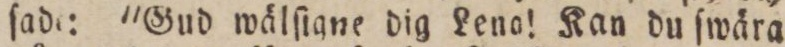
ſade: 'Gud wälſigne dig Lena! Kan du ſwära